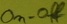
Text: On-off